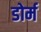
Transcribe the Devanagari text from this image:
डोर्म